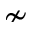
\nsim